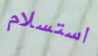
استسلام